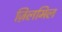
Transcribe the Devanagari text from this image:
ज़िलमिल